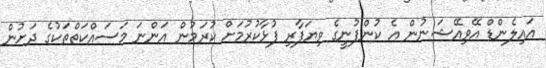
އައިލެންޑް އޭވިއޭޝަނުން އެ ކުންފުނީގެ ވިޔަފާރި ފުޅާކުރުމަށް ކުރަމުން އަންނަ މަަސައްކަތްތަކުގެ ދަށުން